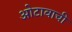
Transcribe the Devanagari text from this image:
ओटावाची